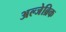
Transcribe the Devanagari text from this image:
अल्जेब्रिक